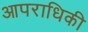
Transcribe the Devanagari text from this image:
आपराधिकी